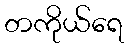
တကိုယ်ရေ